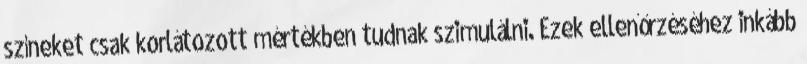
színeket csak korlátozott mértékben tudnak szimulálni. Ezek ellenőrzéséhez inkább